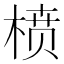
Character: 𰗺